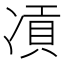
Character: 𠗸